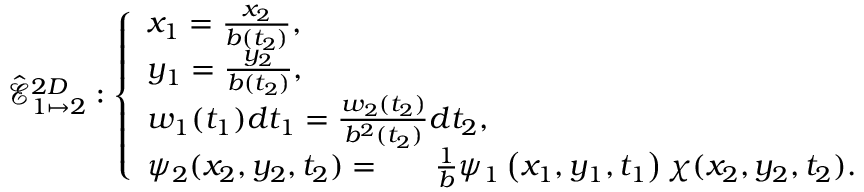
\hat { \mathcal { E } } _ { 1 \mapsto 2 } ^ { 2 D } : \left\{ \begin{array} { l l } { x _ { 1 } = \frac { x _ { 2 } } { b ( t _ { 2 } ) } , } \\ { y _ { 1 } = \frac { y _ { 2 } } { b ( t _ { 2 } ) } , } \\ { w _ { 1 } ( t _ { 1 } ) d t _ { 1 } = \frac { w _ { 2 } ( t _ { 2 } ) } { b ^ { 2 } ( t _ { 2 } ) } d t _ { 2 } , } \\ { \psi _ { 2 } ( x _ { 2 } , y _ { 2 } , t _ { 2 } ) = \ ~ ~ ~ ~ \frac { 1 } { b } \psi _ { 1 } \left( x _ { 1 } , y _ { 1 } , t _ { 1 } \right) \chi ( x _ { 2 } , y _ { 2 } , t _ { 2 } ) . } \end{array} \right.